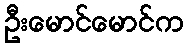
ဦးမောင်မောင်က